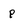
Character: P